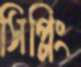
সিপ্লিং